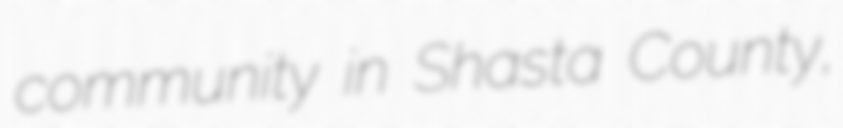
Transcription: community in Shasta County,